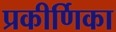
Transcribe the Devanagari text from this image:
प्रकीर्णिका